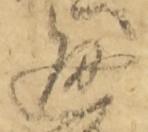
通